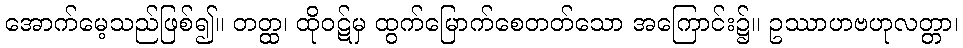
အောက်မေ့သည်ဖြစ်၍။ တတ္ထ၊ ထိုဝဋ်မှ ထွက်မြောက်စေတတ်သော အကြောင်း၌။ ဥဿာဟဗဟုလတ္တာ၊